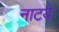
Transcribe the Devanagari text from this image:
नाटये